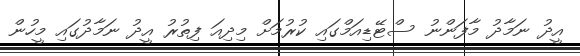
އީދު ނަމާދު މާފަންނު ސްޓޭޑިއަމްގައި ކުރުމަށް މިދިއަ ފިތުރު އީދު ނަމާދުގައި މީހުން